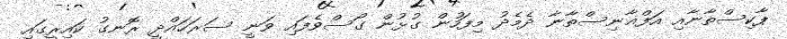
ޕާކިސްތާނާއި އަފްޣާނިސްތާނާ ދެމެދު މިފަހުން ގުޅުން ގޯސްވެފައި ވަނީ ސަރަހައްދީ ރޮނގު ކައިރީގައި